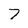
Character: 7